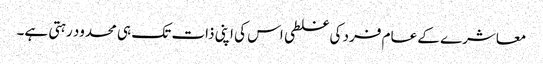
معاشرے کے عام فرد کی غلطی اس کی اپنی ذات تک ہی محدود رہتی ہے۔